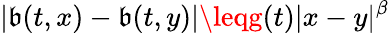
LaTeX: |\mathfrak{b}(t,x)-\mathfrak{b}(t,y)|\leqg(t)|x-y|^{\beta}